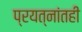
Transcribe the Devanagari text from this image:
प्रयत्‍नांतही